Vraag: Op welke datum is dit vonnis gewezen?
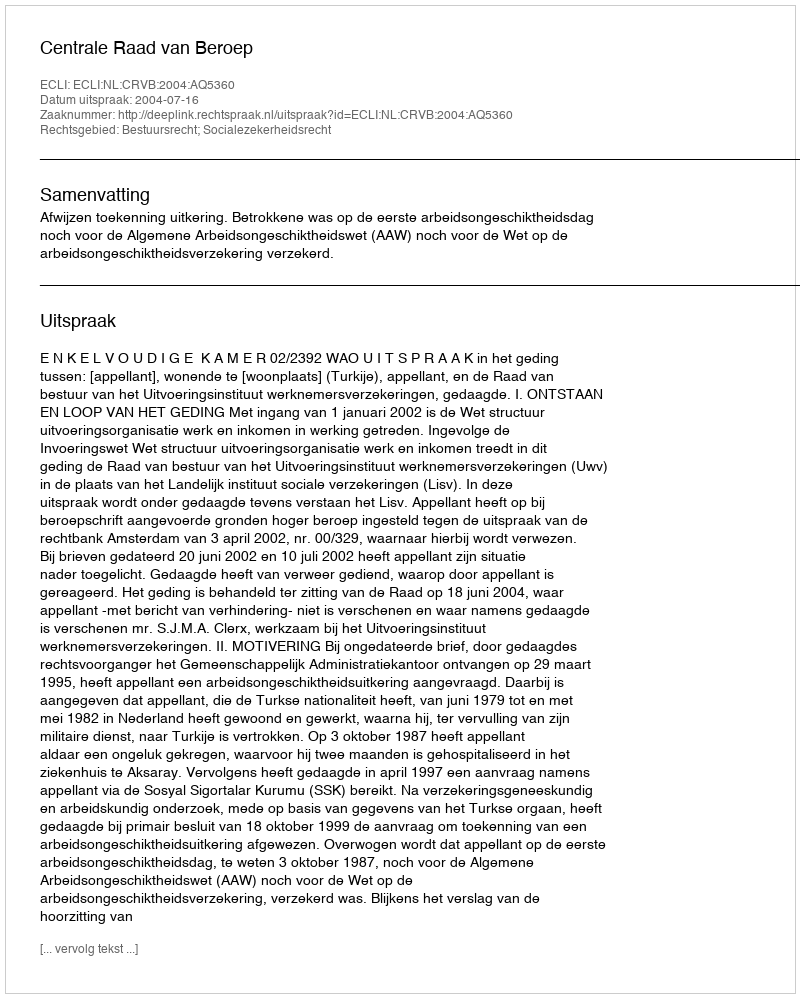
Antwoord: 2004-07-16